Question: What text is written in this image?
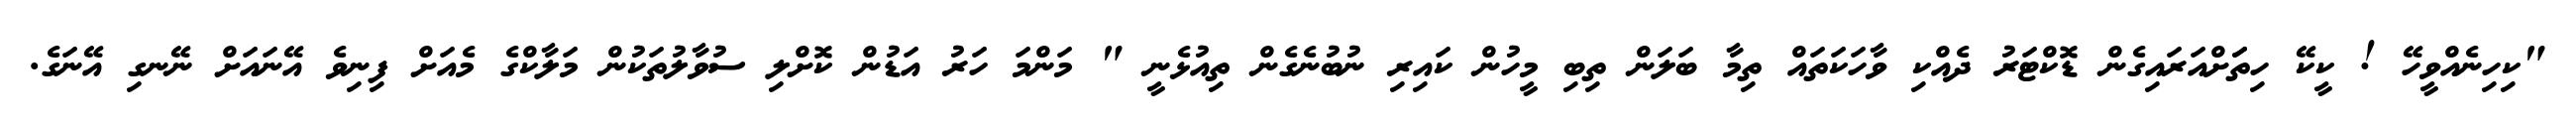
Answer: "ކިހިނެއްވީހޭ ! ކީކޭ ހިތަަށްއަރައިގެން ޑޮކްޓަރު ދެއްކި ވާހަކަތައް ތިމާ ބަލަން ތިބި މީހުން ކައިރި ނުބުނެގެން ތިއުޅެނީ " މަންމަ ހަރު އަޑުން ކޮށްލި ސުވާލުތަކުން މަލާކްގެ މެއަށް ފިނިވެ އޭނައަށް ނޭނގި އޭނަގެ.